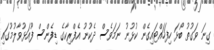
ގިނަ ވަގުތު ބޯޅަ ހިފަހައްޓައިގެން ކުޅުނު ނަމަވެސް ދެކުނު އެފްރިކާގެ ޑިފެންސް ފޫއަޅުވާލުމުގައި